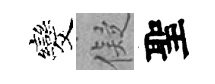
发儗聖